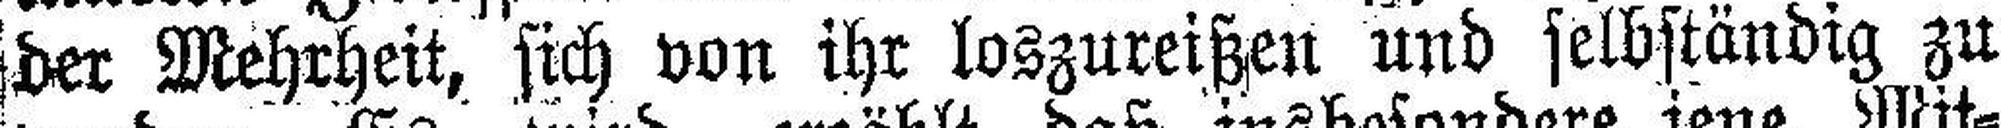
der Mehrheit, sich von ihr loszureißen und selbständig zu